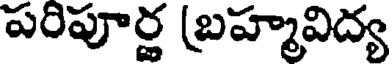
పరిపూర్ణ (బహ్మవిద్య